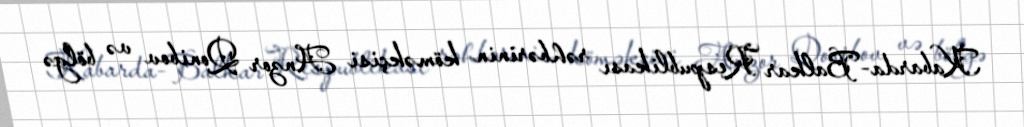
Kabarda-Balkar Respublikası rəhbərinin köməkçisi Anzor Qonibov və bölgə